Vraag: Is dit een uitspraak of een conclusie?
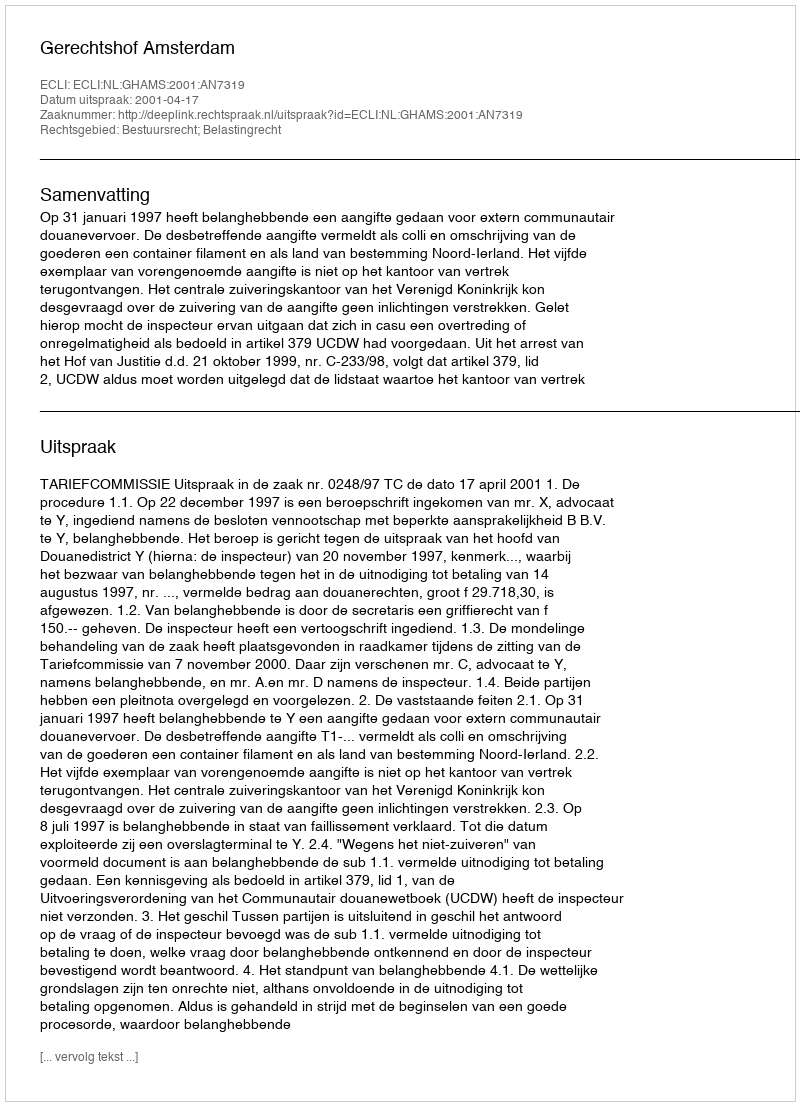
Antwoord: Uitspraak